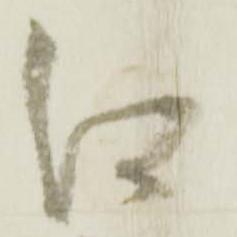
江